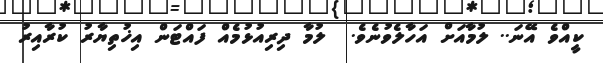
ކީއްވެ އޭނަ.. ލުމާއަށް އަހާލެވުނެވެ.  ލުމާ ދިރިއުޅުމެއް ފައްޓަން އިޚުތިޔާރު ކުރާއިރު